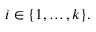
i \in \{ 1 , \ldots , k \} .